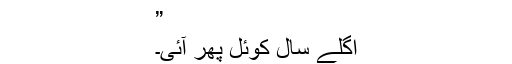
”
اگلے سال کوئل پھر آئی۔